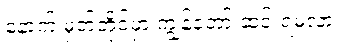
နောက် မှတ်တိုင်မှာ ကျွန်တော် ဆင်းရမလား။